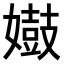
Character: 𫱺